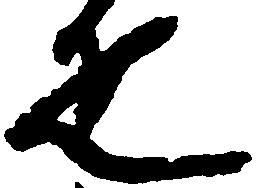
疋